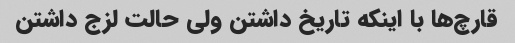
قارچ‌ها با اینکه تاریخ داشتن ولی حالت لزج داشتن